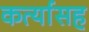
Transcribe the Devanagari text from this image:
कर्त्यासह